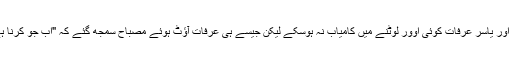
16 ویں اوور تک مصباح اور یاسر عرفات کوئی اوور لوٹنے میں کامیاب نہ ہوسکے لیکن جیسے ہی عرفات آؤٹ ہوئے مصباح سمجھ گئے کہ "اب جو کرنا ہے، میں نے ہی کرنا ہے"۔